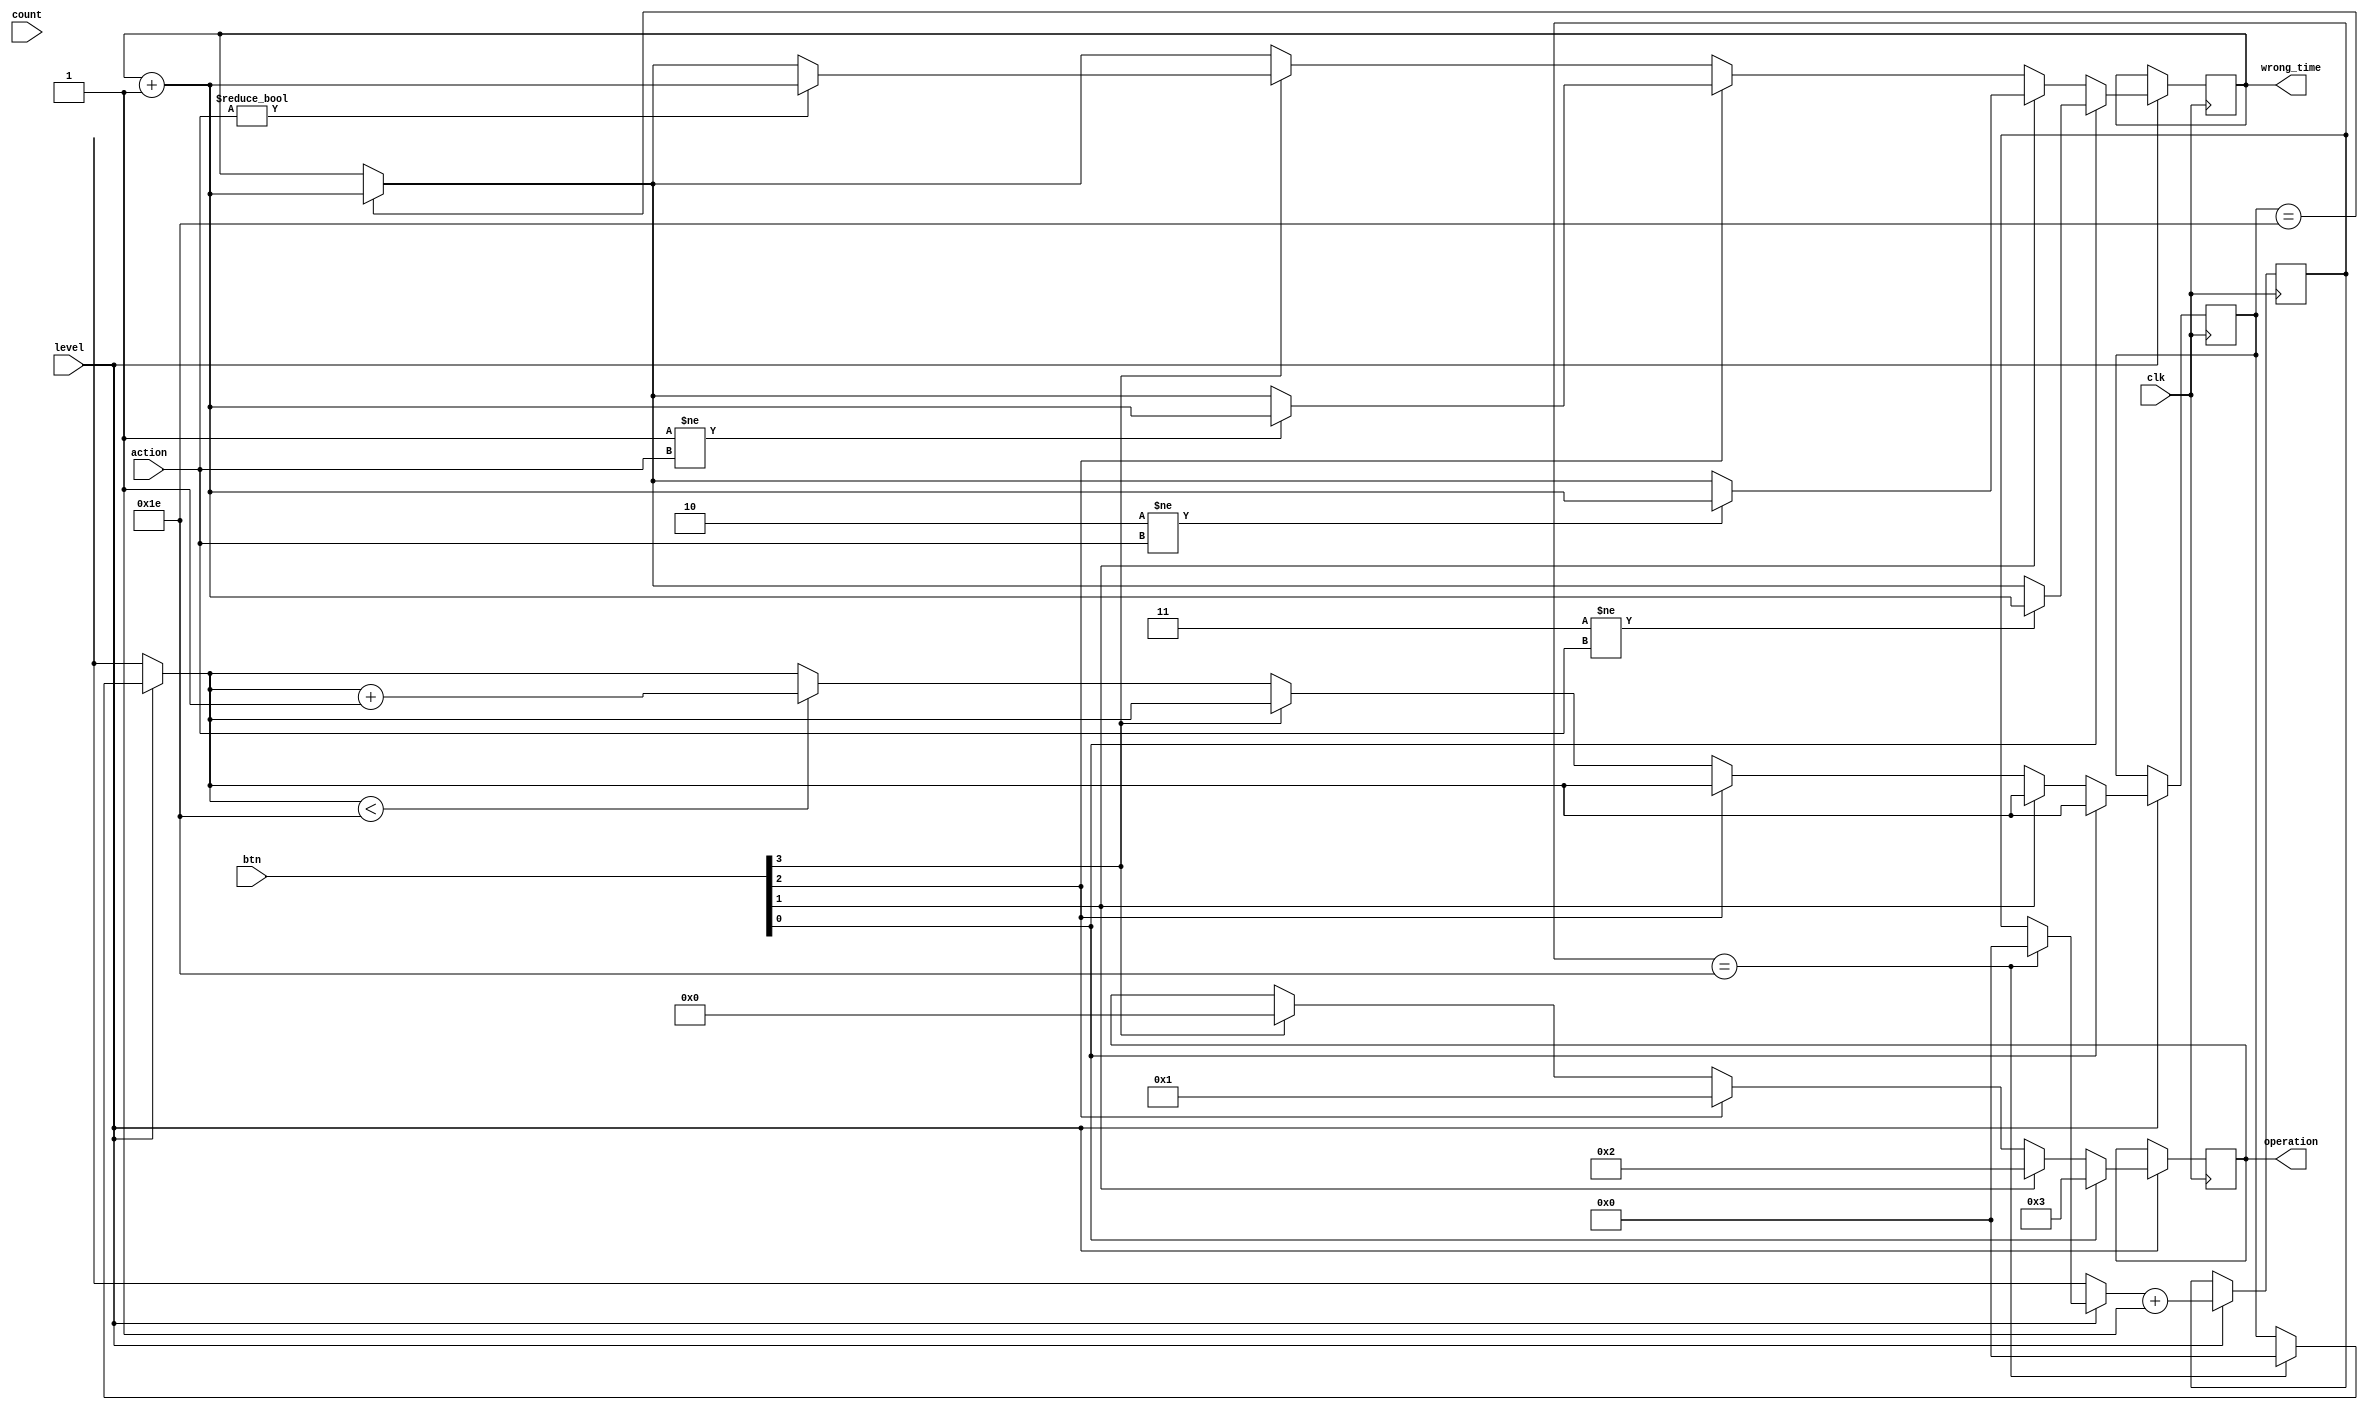
`timescale 1ns / 1ps
//////////////////////////////////////////////////////////////////////////////////
// Company: 
// Engineer: 
// 
// Design Name: 
// Module Name:    judge_3s 
// Project Name: 
// Target Devices: 
// Tool versions: 
// Description: 
//
// Dependencies: 
//
// Revision: 
// Revision 0.01 - File Created
// Additional Comments: 
//
//////////////////////////////////////////////////////////////////////////////////
module judge_3s(clk,level,action,count,btn,wrong_time,operation); // 
  input wire clk;
  input wire level;           //
  input wire [3:0]action;         //
  input wire [7:0]count;          //
  input wire [3:0]btn;           // 
  output reg [7:0]wrong_time=0;   // 
  output reg [3:0]operation;   // 
  reg [7:0] cnt1,cnt2;    //cnt1cnt2
    
  
  initial 
  begin
  cnt1=0;
  cnt2=0;
    wrong_time=0;
  end
  
  always @(posedge clk)
  begin
    if(level==1)       //
	 begin
	   if(cnt2==30) wrong_time<=wrong_time+1;  //
	   if(cnt1==30)      //3s
		begin
		  cnt1=0;
		  cnt2=0;
		end
		cnt1=cnt1+1;
	   if(btn[0]==1)   //
		begin
	     if(4'b0011 != action) wrong_time<=wrong_time+1;
		  operation<=4'b0011;	
	   end
		else
			if(btn[1]==1)   //
			begin
				if(4'b0010 != action) wrong_time<=wrong_time+1;
				operation<=4'b0010;
			end
			else
				if(btn[2]==1)  //
				begin
					if(4'b0001 != action) wrong_time<=wrong_time+1;
					operation<=4'b0001;
				end
				else
					if(btn[3]==1)  //
					begin
						if(4'b0000 != action) wrong_time<=wrong_time+1;
						operation<=4'b0000;
					end
					else
					begin
						if(cnt2<30)
					    cnt2=cnt2+1;
					end
	end
  end


endmodule